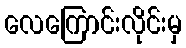
လေကြောင်းလိုင်းမှ